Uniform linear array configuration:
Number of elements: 12
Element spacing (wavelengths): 1
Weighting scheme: hann
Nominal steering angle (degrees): -15
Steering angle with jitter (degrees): -15.873
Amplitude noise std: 0.05
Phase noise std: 0.05

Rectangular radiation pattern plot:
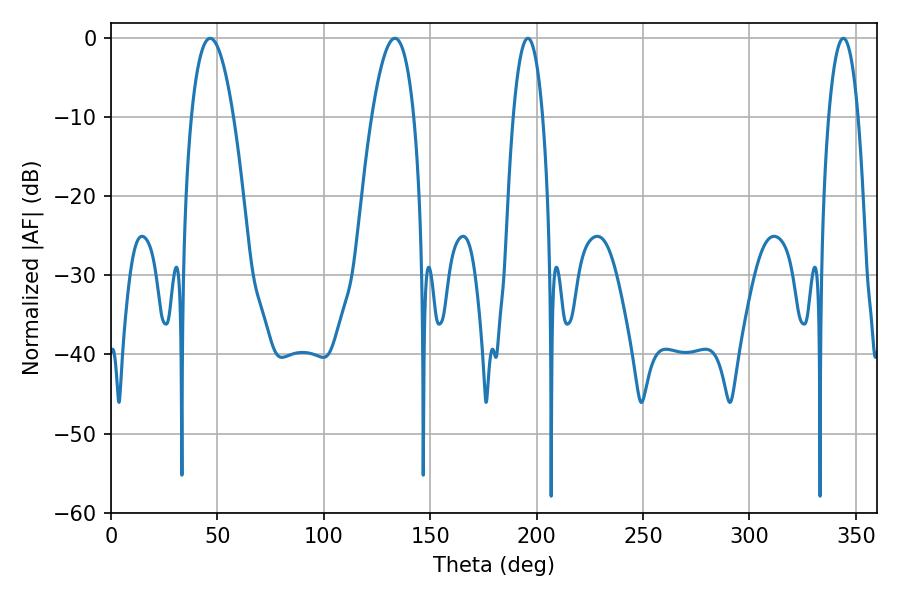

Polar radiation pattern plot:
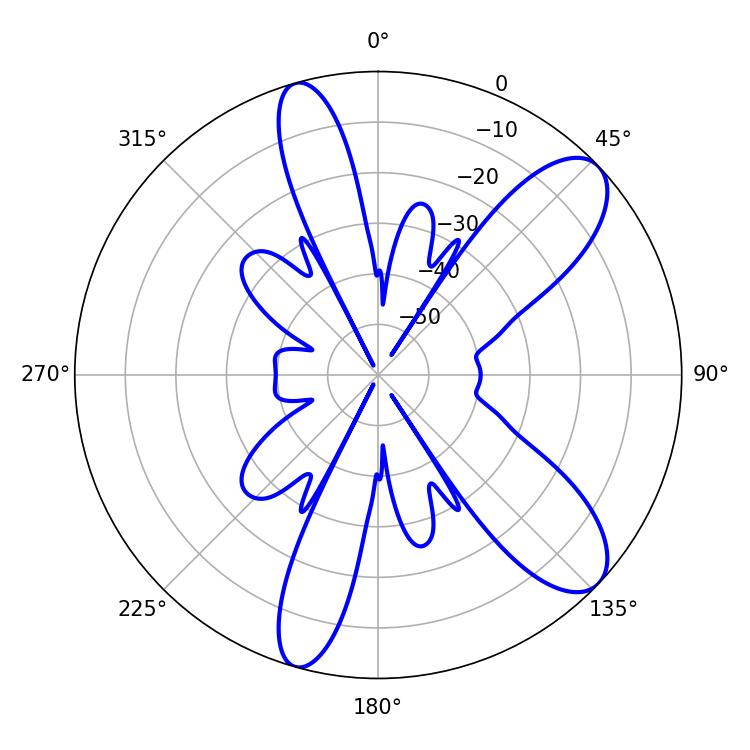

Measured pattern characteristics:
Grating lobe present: TRUE
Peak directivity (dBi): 9.59
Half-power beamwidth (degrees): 10.98
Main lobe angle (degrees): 46.62